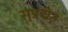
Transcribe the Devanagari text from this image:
सुप्रदीप्त